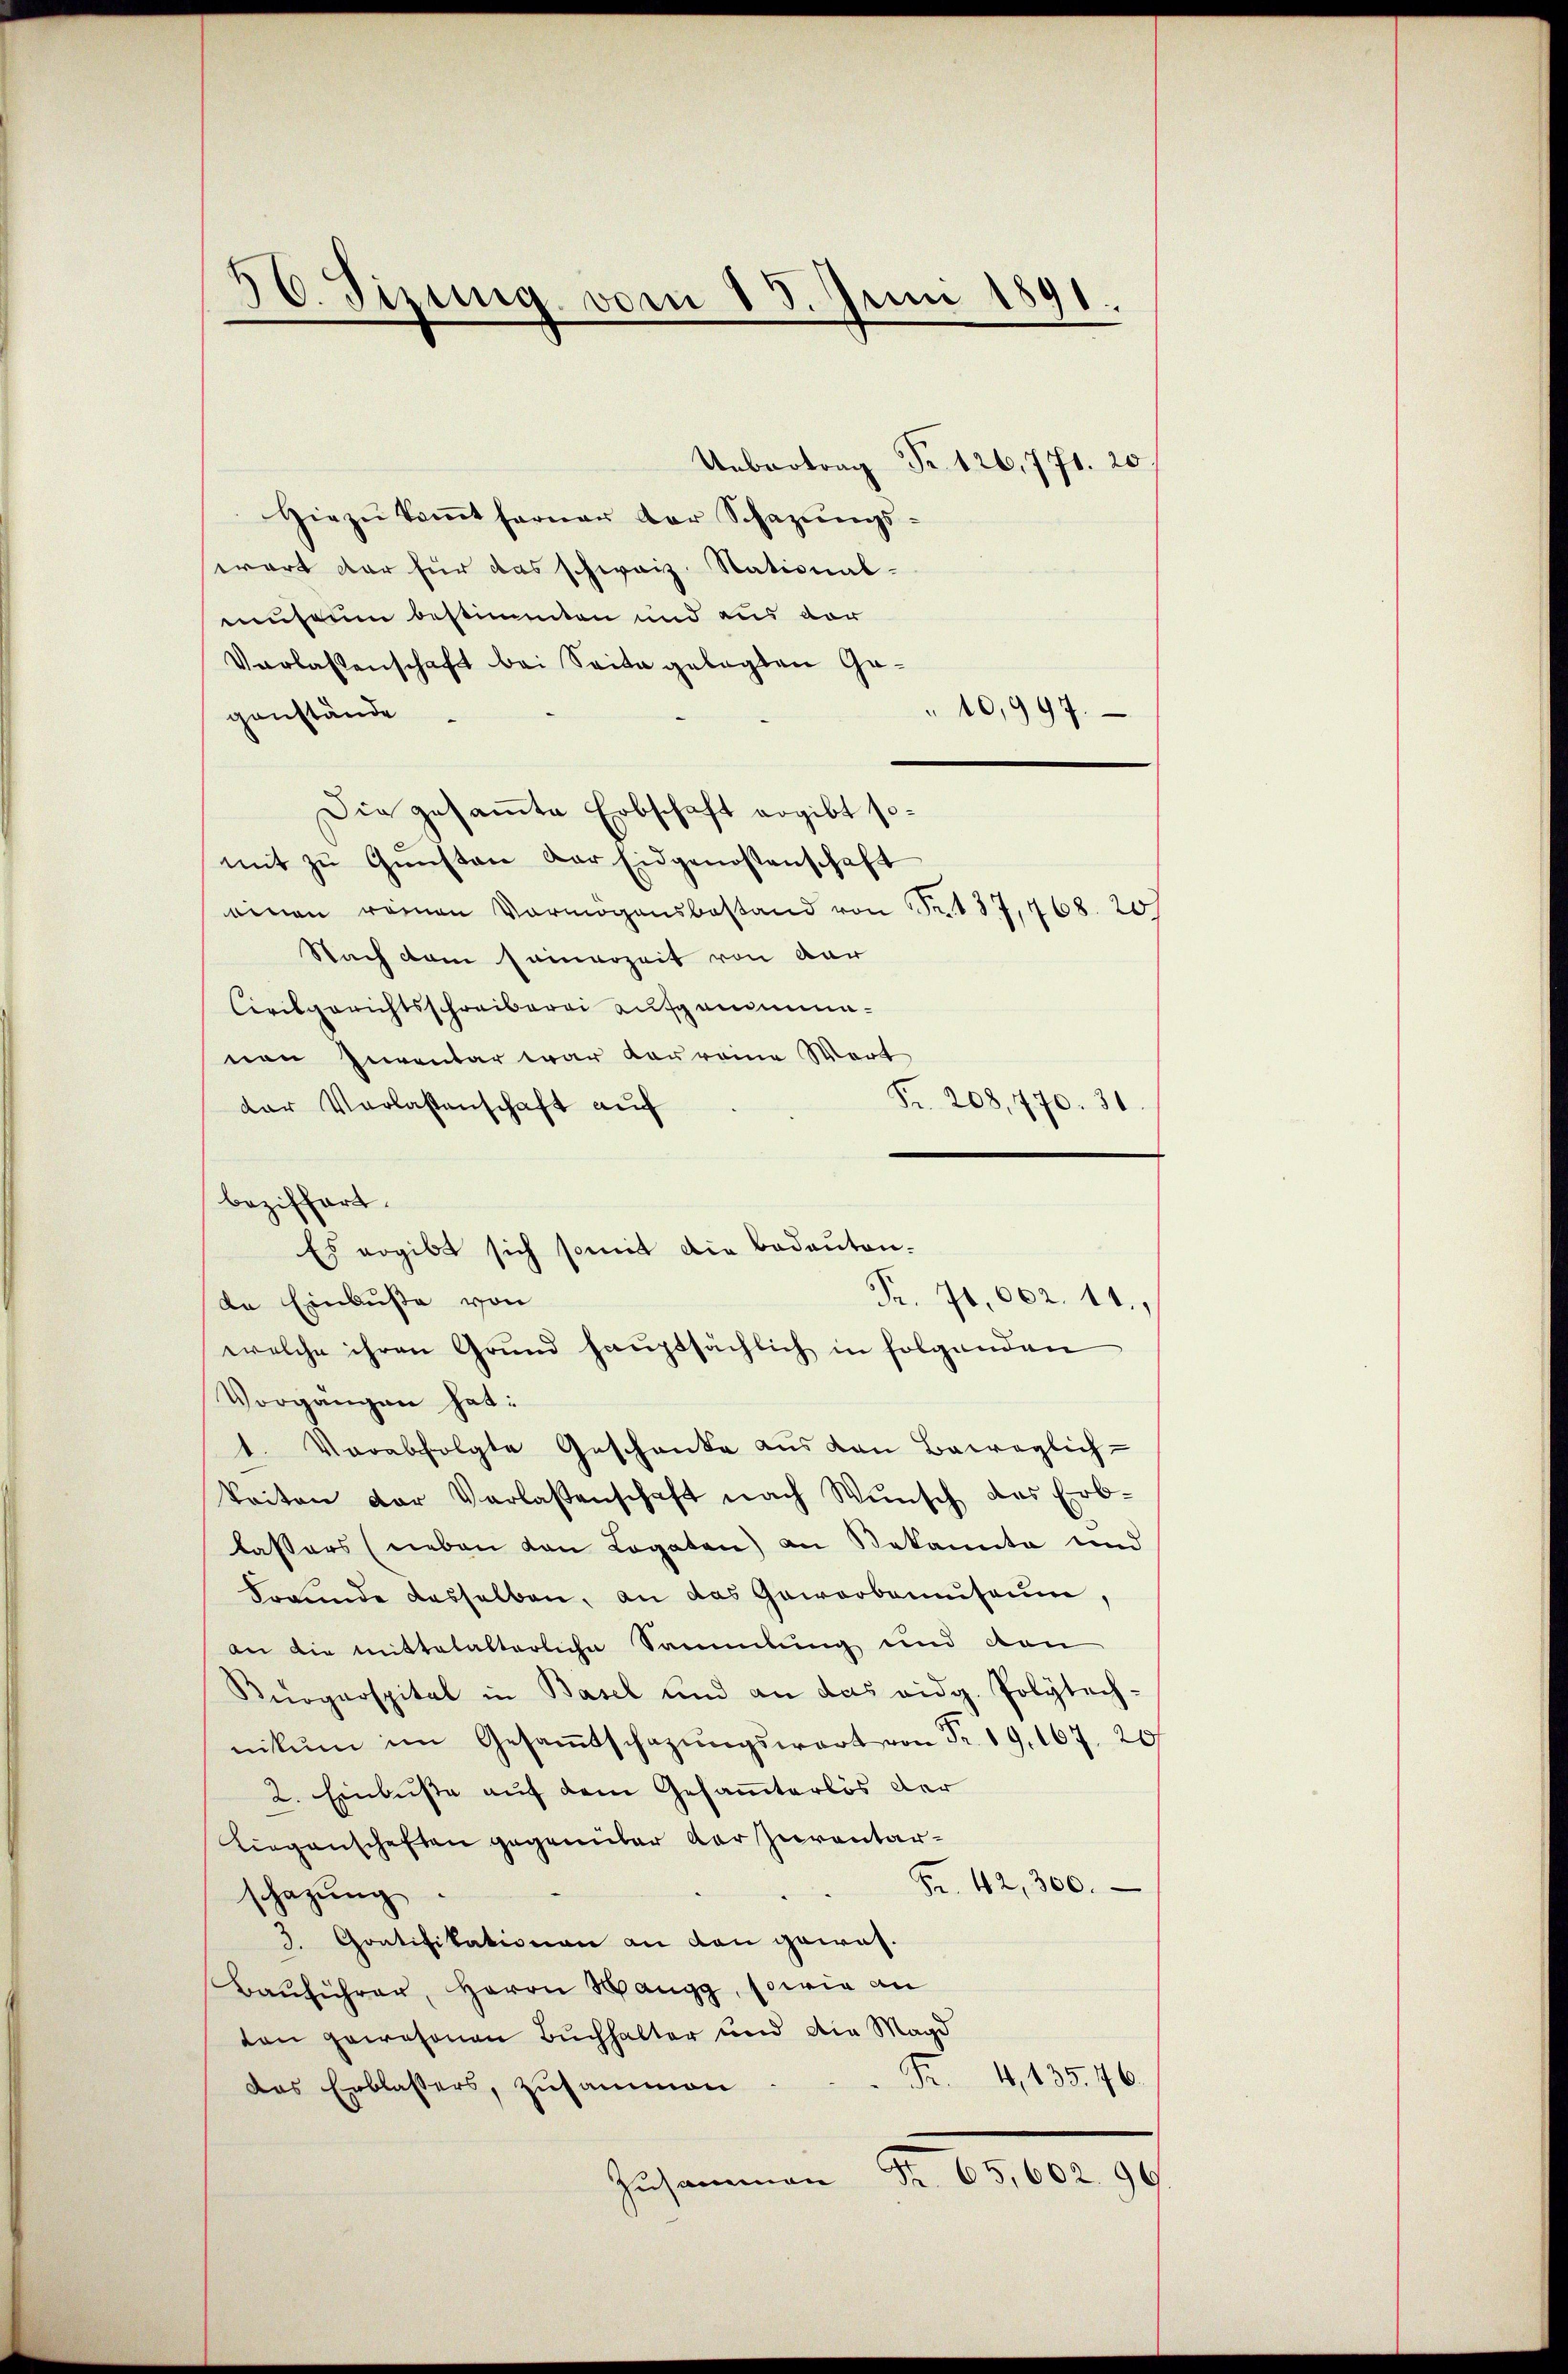
50. Sizung vom 15. Juni 1891.

Uebertrag Fr. 126,771. 20.
Hiezŭkoṁt ferner der Schazŭngs-
wart der für das schweiz. Stational-
museum bestimmten und aus der
Verlassenschaft bei Seite gelegten Ge¬
" 10,997.
genstände
Die gesammte Erbschaft ergibt somit zŭ Gŭnsten der Eidgenossenschaft
einen reinen Vermögensbestand von Fr. 187, 468. 207
Nach dem sammerzeit von dar
Civilgerichtsschreiberei aufgenominanen Inventar war Laureine Wort
Fr. 208,770. 31.
der Verlassenschaft auf
beziffert.
Es ergibt sich somit die bedeuten.
Fr. 71,662. 11.
de Einbuße von
welche ihren Grund haŭptsächlich in folgenden
Vorgangen hat:
1. Verabfolgte Geschänke aus von Bairaglich-
keiten der Verlassenschaft nach Wŭnsch, das Erb-
lassers (neben von Legaten) an Bekannte und
Freunde desselben, an das Gewerbemuseum,
an die mittelalterliche Sammlung und den
Burgerspital in Basel und an das eidg. Polytech-
nikŭm im Gesaṁtschazungswart von Fr. 19. 167. 20
2. Einbuße auf dem Gesammterlös der
Liegenschaften gegenüber der Zuventar¬
42,300.
schazung.
3. Contifikationen an den gewis¬
Bauführer, Herrn Hangg, sowie an
ton gewesenen Buchhalter und die Magd
Fr. 4, 135. 46.
das Erblassers, zusammen
Zusammen Fr. 65,602. 96.